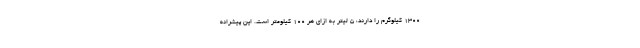
۱۳۰۰ کیلوگرم را دارند، ۵ لیتر به ازای هر ۱۰۰ کیلومتر است. این پیشرانه